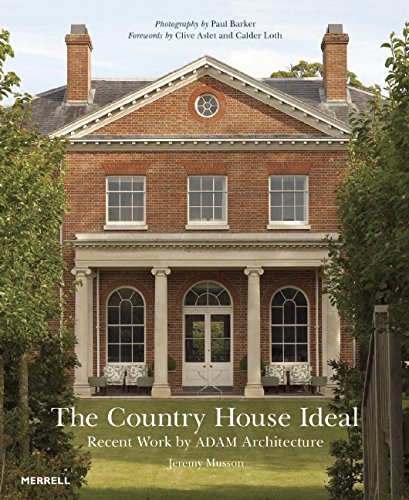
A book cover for The Country House Ideal: Recent Work by ADAM Architecture; Crafts, Hobbies & Home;